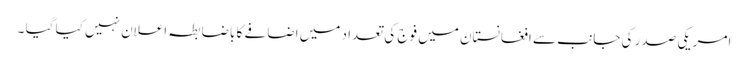
امریکی صدر کی جانب سے افغانستان میں فوج کی تعدا د میں اضافے کا باضابطہ اعلان نہیں کیا گیا ۔